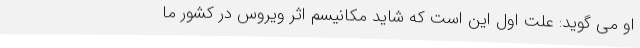
او می گوید: علت اول این است که شاید مکانیسم اثر ویروس در کشور ما